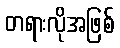
တရားလိုအဖြစ်